King Institute of Preventive Medicine Micro-Biological Section reports 1912-19
Year: 1912
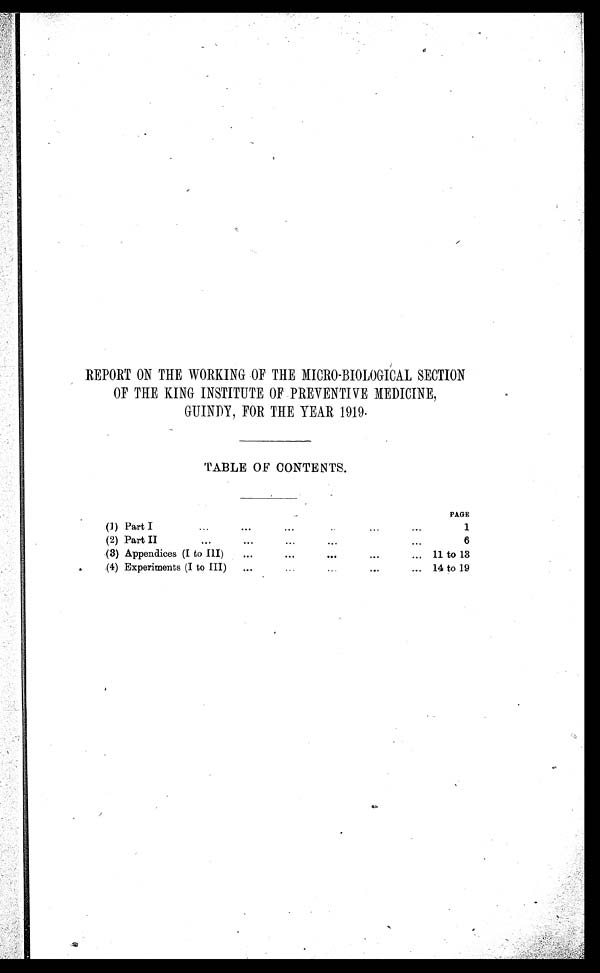
REPORT ON THE WORKING OF THE MICRO-BIOLOGICAL SECTION
OF THE KING INSTITUTE OF PREVENTIVE MEDICINE,
GUINDY, FOR THE YEAR 1919.
TABLE OF CONTENTS.
(1) Part I
...
...
...
...
...
PAGE
1
(2) Part II
...
...
...
...
...
6
(3) Appendices (I to III)
...
...
...
...
...
11 to 13
(4) Experiments (I to III)
...
...
...
...
...
14 to 19